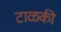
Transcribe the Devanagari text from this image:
टाळकी